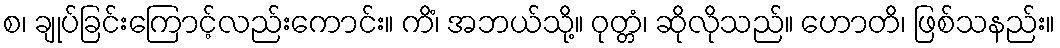
စ၊ ချုပ်ခြင်းကြောင့်လည်းကောင်း။ ကိံ၊ အဘယ်သို့။ ဝုတ္တံ၊ ဆိုလိုသည်။ ဟောတိ၊ ဖြစ်သနည်း။